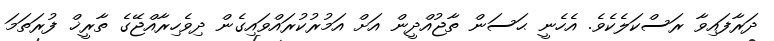
ދަރާފައިވާ ރަސްކަލެކެވެ. އެހެނީ ޙަސަން ތާޖުއްދީން އަށް އަމުރުކުރައްވައިގެން ދިވެހިރާއްޖޭގެ ތާރީޚް ފުރަތަމަ